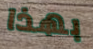
بهذا